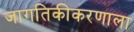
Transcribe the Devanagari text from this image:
जागतिकीकरणाला